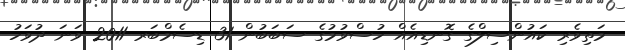
މަތިވެރި ކައުންސިލްގެ ގޮނޑިއެއް ހުސްވުމުގެ ސަބަބުން 31 ޑިސެމްބަރ 2011 ވަނަ ދުވަހު